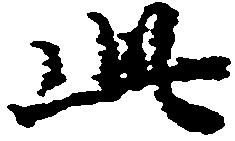
此